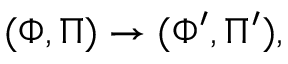
( \Phi , \Pi ) \rightarrow ( \Phi ^ { \prime } , \Pi ^ { \prime } ) ,